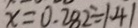
x = 0 . 2 8 2 \div 1 . 4 1